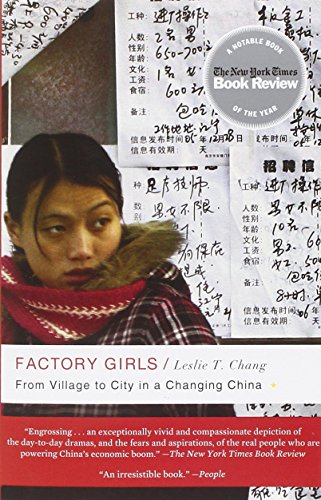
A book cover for Factory Girls: From Village to City in a Changing China; Leslie T. Chang; Business & Money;